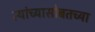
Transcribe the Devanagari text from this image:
त्यांच्यासोबतच्या